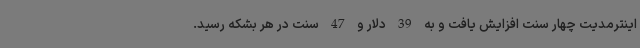
اینترمدیت چهار سنت افزایش یافت و به 39 دلار و 47 سنت در هر بشکه رسید.